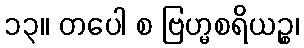
၁၃။ တပေါ စ ဗြဟ္မစရိယဉ္စ၊